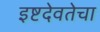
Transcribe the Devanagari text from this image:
इष्टदेवतेचा